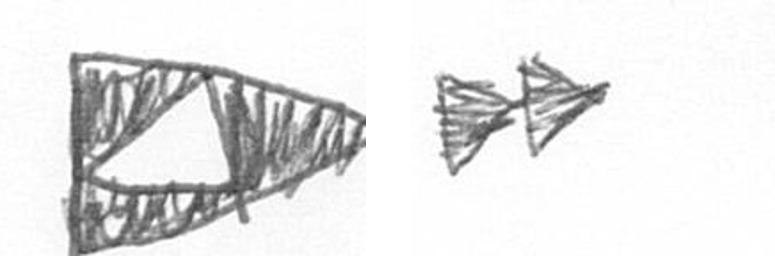
K A